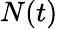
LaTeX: N(t)